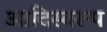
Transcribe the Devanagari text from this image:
आदिस्वरूप